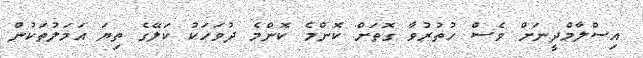
އިސްލާމްދީނަށް ވެސް ހުތުރުވާ ގޮތަށް ކޮންމެ ކޮންމެ ދުވަހަކު ކަލޭގެ ތިޔަ އަމަލުތަކުން